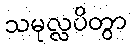
သမုလ္လပိတွာ